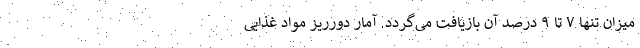
میزان تنها ۷ تا ۹ درصد آن بازیافت می‌گردد. آمار دورریز مواد غذایی